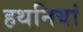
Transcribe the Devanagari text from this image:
हथनियां